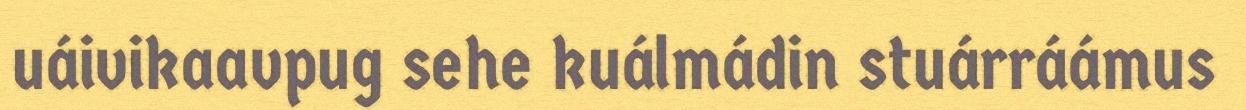
uáivikaavpug sehe kuálmádin stuárráámus